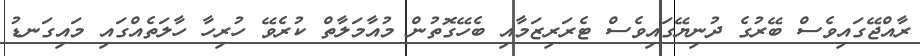
ރާއްޖޭގައިވެސް ބޭރުގެ ދުނިޔޭގައިވެސް ޓެރަރިޒަމާއި ބެހޭގޮތުން މުއާމަލާތް ކުރެވޭ ހުރިހާ ހާލަތެއްގައި މައިގަނޑު